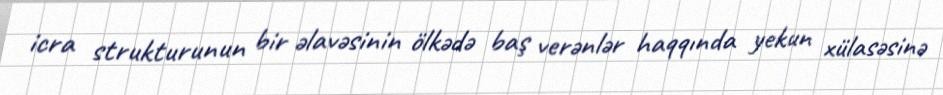
icra strukturunun bir əlavəsinin ölkədə baş verənlər haqqında yekun xülasəsinə